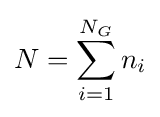
N=\sum _{i=1}^{N_{G}}n_{i}